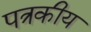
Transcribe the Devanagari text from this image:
पत्रकीय